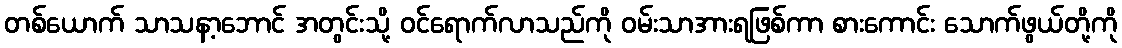
တစ်ယောက် သာသနာ့ဘောင် အတွင်းသို့ ဝင်ရောက်လာသည်ကို ဝမ်းသာအားရဖြစ်ကာ စားကောင်း သောက်ဖွယ်တို့ကို